Vaccination in Burma 1920-1933 - 1920-1933
Year: 1920
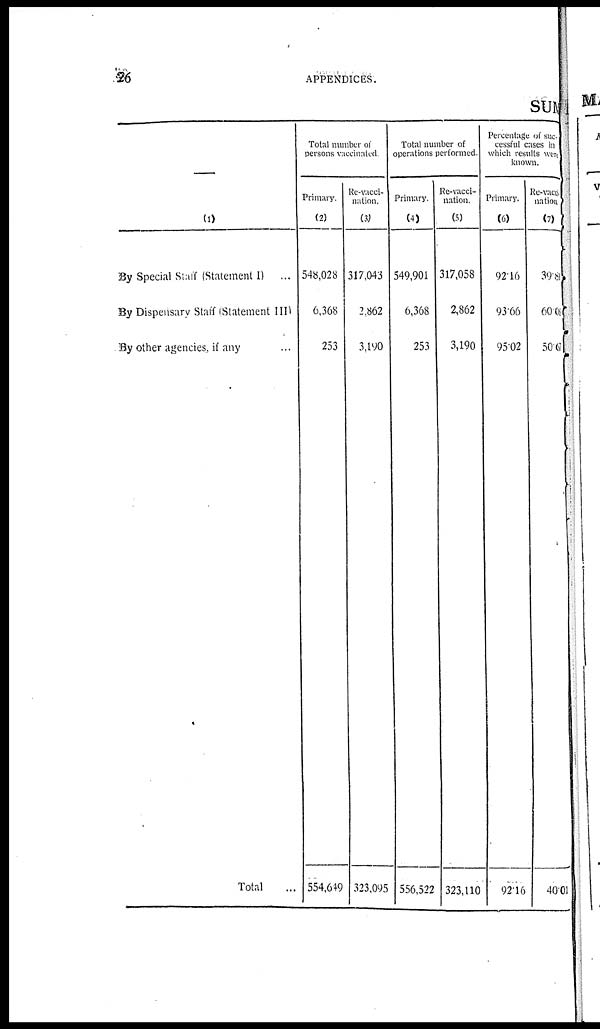
26
APPENDICES.
SUM
(1)
By Special Staff (Statement I)
...
By Dispensary Staff (Statement III)
By other agencies, if any ...
Total ...
Total number of
persons vaccinated
Primary.
(2)
548,028
6,368
253
554,649
Re-vacci-
nation.
(3)
317,043
2,862
3,190
323,095
Total number of
operations performed.
Primary.
(4)
549,901
6,368
253
556,522
Re-vacci¬
nation.
(5)
317,058
2,862
3,190
323,110
Percentage of suc¬
cessful cases in
which results were
known.
Primary.
(6)
92.16
93.66
95.02
92.16
Re-vacci¬
nation.
(7)
39.81
60.08
50.67
40.01